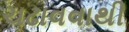
ચઢાવવાથી